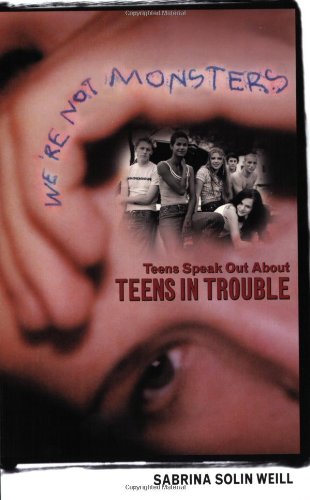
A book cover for We're Not Monsters: Teens Speak Out about Teens in Trouble; Sabrina Solin Weill; Teen & Young Adult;